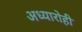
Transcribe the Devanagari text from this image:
अध्यारोही